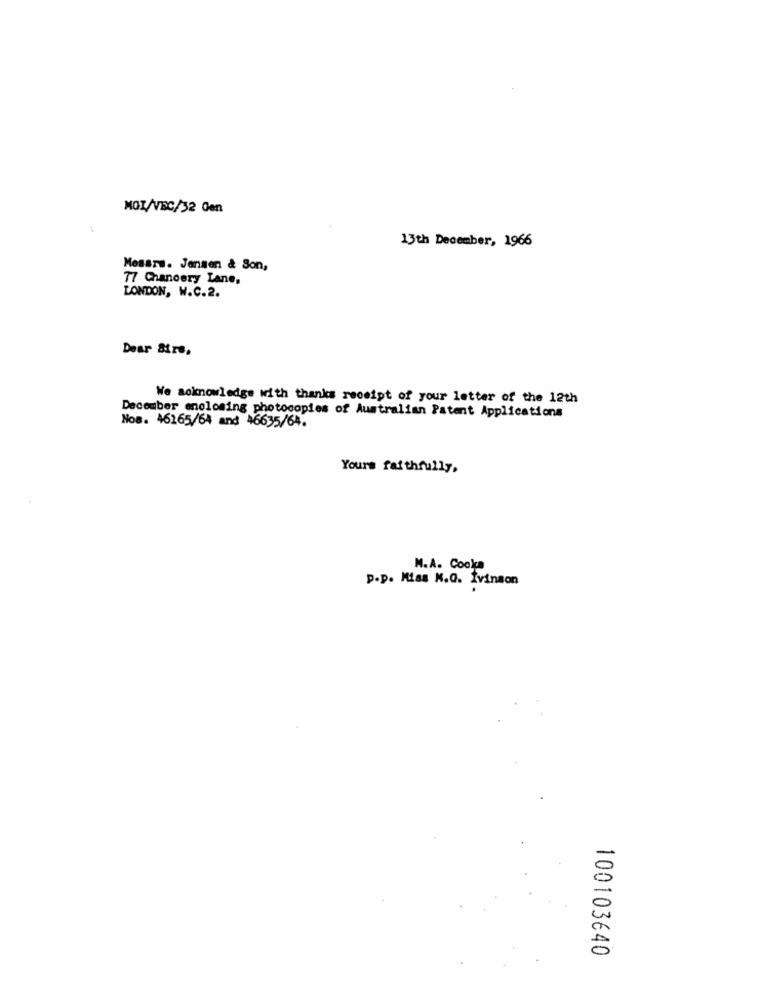
MOI/VEC/32 Gen
13th December, 1966
Messrs. Jensen & Son,
77 Chancery Lane,
LONDON, W.C.2.
Dear Sirs.
We aoknowledge with thanks receipt of your letter of the 12th
December mnolosing photocopies of Australian Patent Applications
Nos. 46265/64 and 46635/64.
Yours faithfully,
M.A. Cookca
p.p. Miss N.Q. Ivinson
100103640